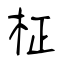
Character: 柾